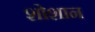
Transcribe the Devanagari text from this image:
शोशान